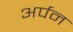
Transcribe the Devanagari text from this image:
अर्पन